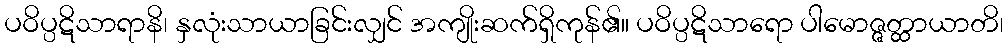
ပဝိပ္ပဋိသာရာနိ၊ နှလုံးသာယာခြင်းလျှင် အကျိုးဆက်ရှိကုန်၏။ ပဝိပ္ပဋိသာရော ပါမောဇ္ဇတ္ထာယာတိ၊